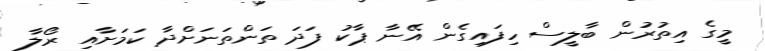
މީގެ އިތުރުން ބާލީސް ހިފައިގެން އޭނާ ޕާކު ފަދަ ތަންތަނަށްދާ ކަމަށާއި ރޯލާ